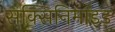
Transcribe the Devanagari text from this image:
सक्सिनिमाइड